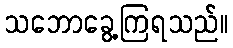
သဘောခွေ့ကြရသည်။